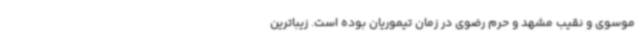
موسوی و نقیب مشهد و حرم رضوی در زمان تیموریان بوده است. زیباترین